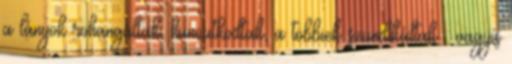
a lányok rohangáltak, huncutkodtak, a többiek szundikáltak : vagyis